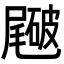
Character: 𥖑